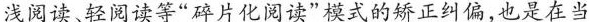
浅阅读、轻阅读等“碎片化阅读”模式的矫正纠偏，也是在当